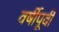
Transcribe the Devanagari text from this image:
वर्षीपूर्वी